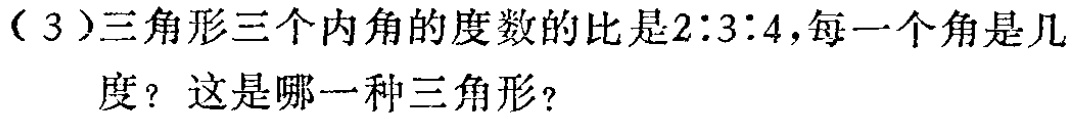
（3）三角形三个内角的度数的比是2∶3∶4，每一个角是几度？这是哪一种三角形？